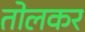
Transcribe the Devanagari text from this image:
तोलकर